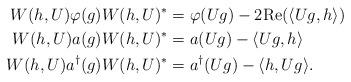
LaTeX: \begin{align*}W(h,U)\varphi(g)W(h,U)^*&=\varphi(Ug)-2\textup{Re}(\langle Ug,h \rangle)\\W(h,U)a(g)W(h,U)^*&=a(Ug)-\langle Ug,h \rangle\\W(h,U)a^\dagger(g)W(h,U)^*&=a^\dagger(Ug)-\langle h,Ug \rangle.\end{align*}